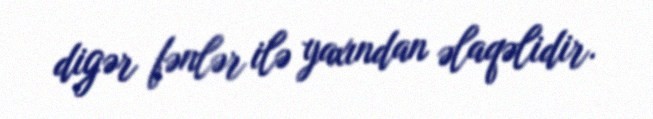
digər fənlər ilə yaxından əlaqəlidir.